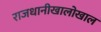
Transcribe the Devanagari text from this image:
राजधानीखालोखाल